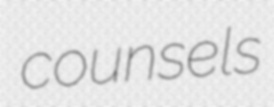
counsels